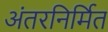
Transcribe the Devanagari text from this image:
अंतरनिर्मित